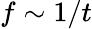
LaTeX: f\sim 1/t